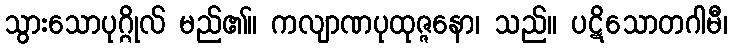
သွားသောပုဂ္ဂိုလ် မည်၏။ ကလျာဏပုထုဇ္ဇနော၊ သည်။ ပဋိသောတဂါမီ၊